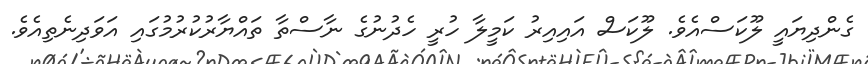
ގެންދިޔައީ ލޫކަސްއެވެ. ލޫކަސް އައިއިރު ކަމީލާ ހުރީ ހެދުނުގެ ނާސްތާ ތައްޔާރުކުރުމުގައި އަވަދިނެތިއެވެ.